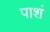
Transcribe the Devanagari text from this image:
पाशं